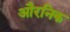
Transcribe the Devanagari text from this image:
औरनिक